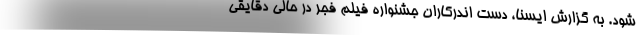
شود. به گزارش ایسنا، دست اندرکاران جشنواره فیلم فجر در حالی دقایقی